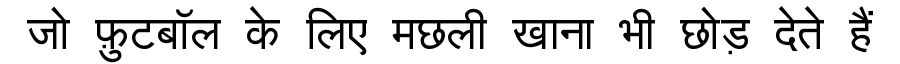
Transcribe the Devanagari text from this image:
जो फ़ुटबॉल के लिए मछली खाना भी छोड़ देते हैं